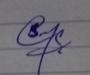
Signature authenticity: genuine